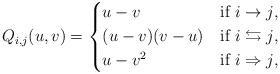
\begin{align*} Q_{i,j}(u,v) = \begin{cases*} u-v & if $i\to j$,\\ (u-v)(v-u) & if $i\leftrightarrows j$,\\ u-v^2 & if $i\Rightarrow j$, \end{cases*} \end{align*}